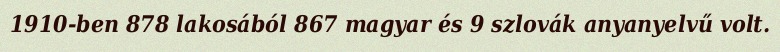
1910-ben 878 lakosából 867 magyar és 9 szlovák anyanyelvű volt.